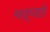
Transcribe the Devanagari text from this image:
श्रद्धाही